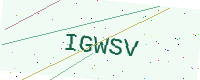
Text: IGWSV